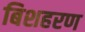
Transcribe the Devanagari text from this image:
बिशहरण